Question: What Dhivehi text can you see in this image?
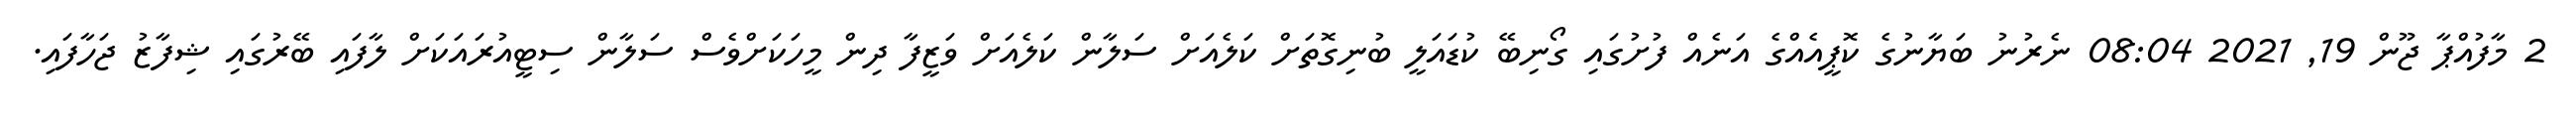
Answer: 2 މާފުއްޕާ ޖޫން 19, 2021 08:04 ނެރުނު ބަޔާނުގެ ކޮޕީއެއްގެ އަނެއް ފުށުގައި ގޯނިބޭ ކުޑައަލީ ބުނިގޮތަށް ކަލެއަށް ސަލާން ކަލެއަށް ވަޒީފާ ދިން މީހަކަށްވެސް ސަލާން ސިޓީއުރައަކަށް ލާފައި ބޭރުގައި ޝިފާޒު ޖަހާފައި.